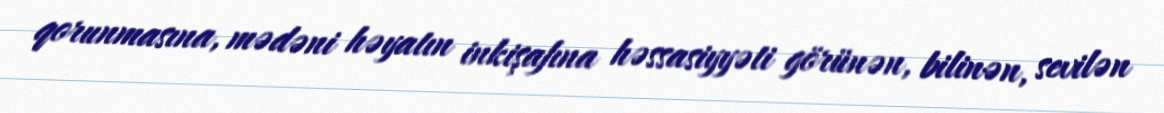
qorunmasına, mədəni həyatın inkişafına həssasiyyəti görünən, bilinən, sevilən